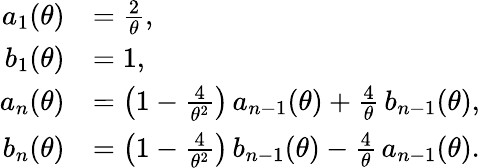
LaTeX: {\begin{array}{rl}{a_{1}(\theta)}&{={\frac{2}{\theta}},}\\ {b_{1}(\theta)}&{=1,}\\ {a_{n}(\theta)}&{=\left(1-{\frac{4}{\theta^{2}}}\right)\, a_{n-1}(\theta)+{\frac{4}{\theta}}\, b_{n-1}(\theta),}\\ {b_{n}(\theta)}&{=\left(1-{\frac{4}{\theta^{2}}}\right)\, b_{n-1}(\theta)-{\frac{4}{\theta}}\, a_{n-1}(\theta).}\end{array}}